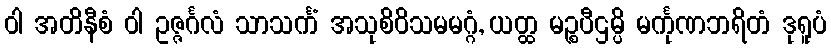
ဝါ အတိနီစံ ဝါ ဥဇ္ဇင်္ဂလံ သာသင်္ကံ အသုစိဝိသမမဂ္ဂံ, ယတ္ထ မဉ္စပီဌမ္ပိ မင်္ကုဏဘရိတံ ဒုရူပံ